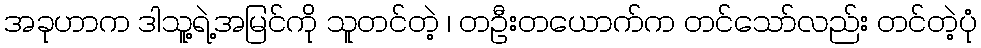
အခုဟာက ဒါသူ့ရဲ့အမြင်ကို သူတင်တဲ့ ၊ တဦးတယောက်က တင်သော်လည်း တင်တဲ့ပုံ